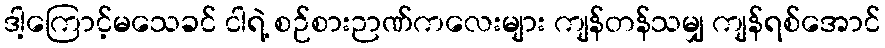
ဒါ့ကြောင့်မသေခင် ငါရဲ့ စဉ်စားဉာဏ်ကလေးများ ကျန်တန်သမျှ ကျန်ရစ်အောင်